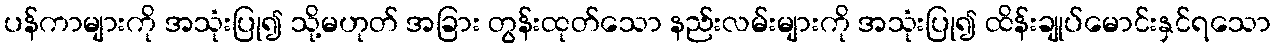
ပန်ကာများကို အသုံးပြု၍ သို့မဟုတ် အခြား တွန်းထုတ်သော နည်းလမ်းများကို အသုံးပြု၍ ထိန်းချုပ်မောင်းနှင်ရသော